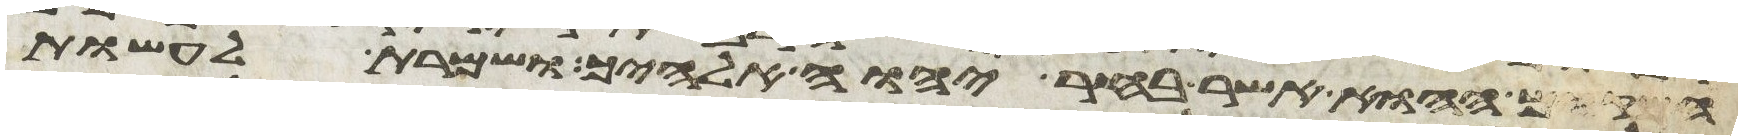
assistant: המקום ההוא אשר בחר יהוה אלהיך ושמרת לעשות